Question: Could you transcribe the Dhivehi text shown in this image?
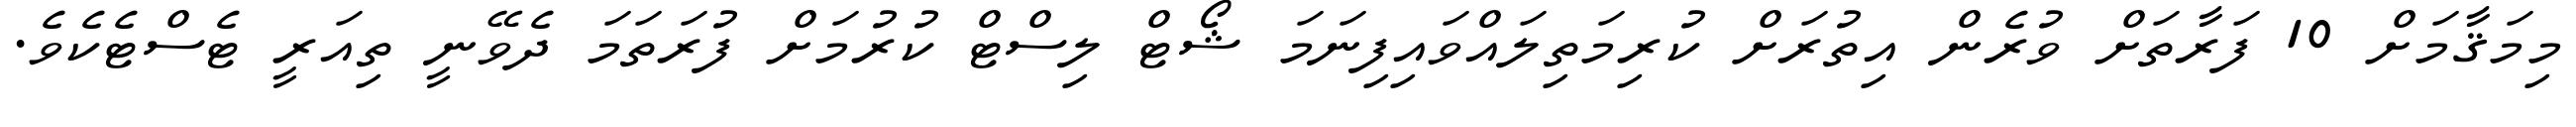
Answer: މިމަޤާމަށް 10 ފަރާތަށް ވުރެން އިތުރަށް ކުރިމަތިލައްވައިފިނަމަ ޝޯޓް ލިސްޓް ކުރުމަށް ފުރަތަމަ ދެވޭނީ ތިއަރީ ޓެސްޓެކެވެ.